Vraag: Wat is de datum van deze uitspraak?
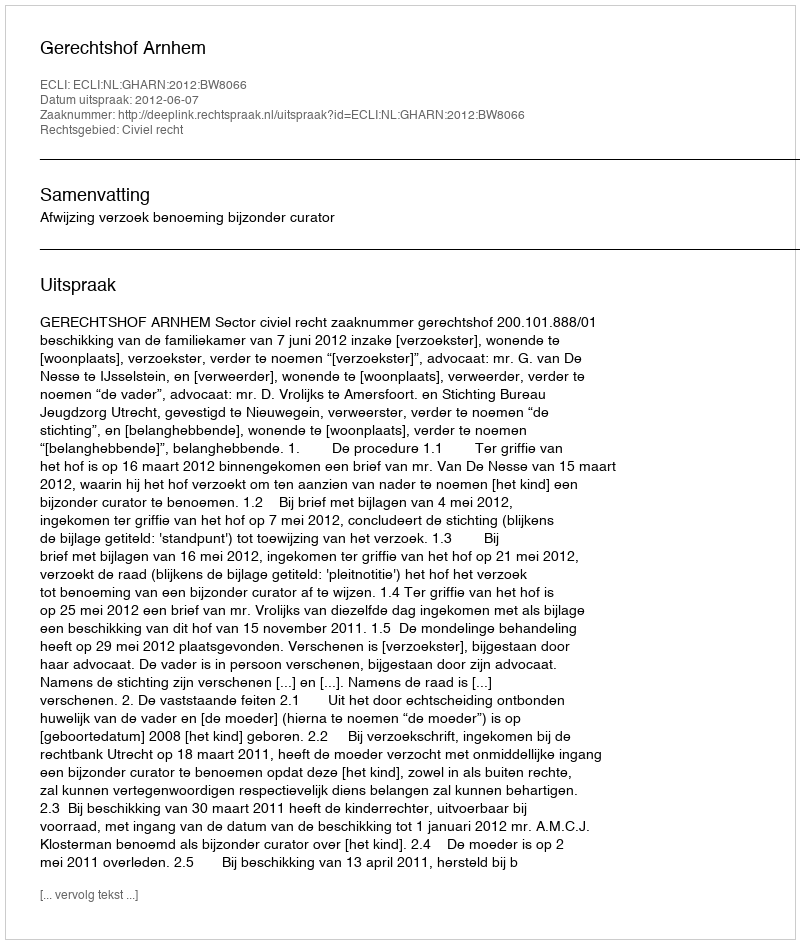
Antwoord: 2012-06-07